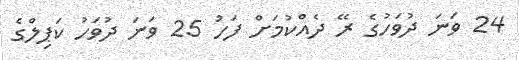
24 ވަނަ ދުވަހުގެ ރޭ ދެއްކުމަށް ފަހު 25 ވަނަ ދުވަހު ކަޕިލްގެ